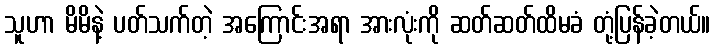
သူဟာ မိမိနဲ့ ပတ်သက်တဲ့ အကြောင်းအရာ အားလုံးကို ဆတ်ဆတ်ထိမခံ တုံ့ပြန်ခဲ့တယ်။